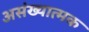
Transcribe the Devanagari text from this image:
असंख्यात्मक